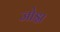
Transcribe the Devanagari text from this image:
जोझ